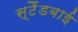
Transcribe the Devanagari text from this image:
स्‍टैंडबाई